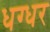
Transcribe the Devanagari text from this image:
धग्धर